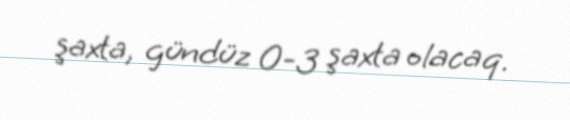
şaxta, gündüz 0-3 şaxta olacaq.